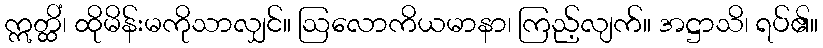
ဣတ္ထိံ၊ ထိုမိန်းမကိုသာလျှင်။ ဩလောကိယမာနာ၊ ကြည့်လျက်။ အဋ္ဌာသိ၊ ရပ်၏။